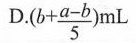
D.$$( b+ \frac{a-b}{5} )$$ mL